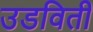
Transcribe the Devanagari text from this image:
उडविती